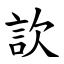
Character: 䚿